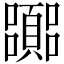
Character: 嚻